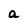
Character: a